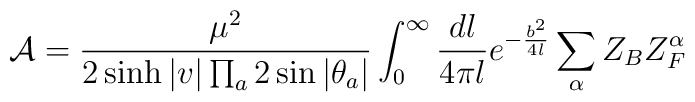
{\cal A}=\frac {\mu^2}{2\sinh |v| \prod_a 2\sin |\theta_a|} \int_{0}^{\infty}\frac {dl}{4\pi l} e^{-\frac {b^2}{4 l}} \sum_\alpha Z_B Z^\alpha_F